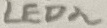
Text: LED2